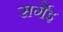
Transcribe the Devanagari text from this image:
सर्गेइ